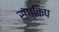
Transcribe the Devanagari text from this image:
संग्किप